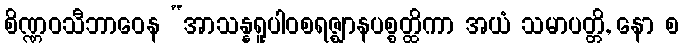
စိဏ္ဏဝသီဘာဝေန “အာသန္နရူပါဝစရဇ္ဈာနပစ္စတ္ထိကာ အယံ သမာပတ္တိ, နော စ